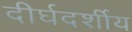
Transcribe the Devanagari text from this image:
दीर्घदर्शीय